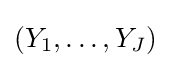
(Y_{1},\ldots ,Y_{J})